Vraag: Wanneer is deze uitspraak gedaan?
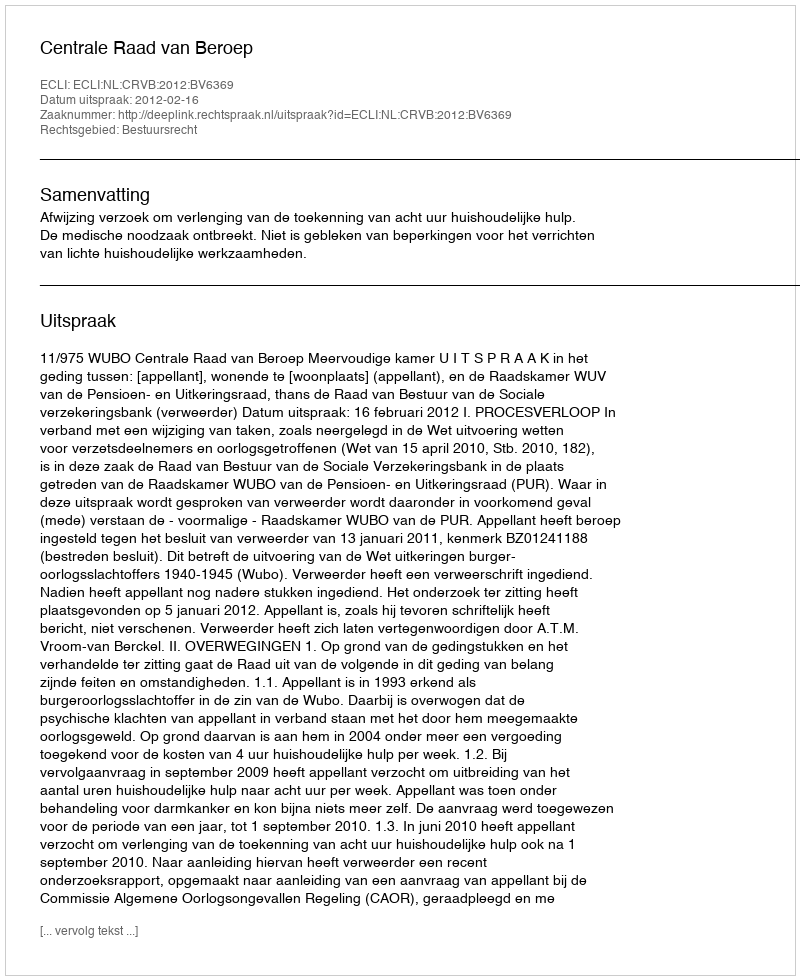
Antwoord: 2012-02-16